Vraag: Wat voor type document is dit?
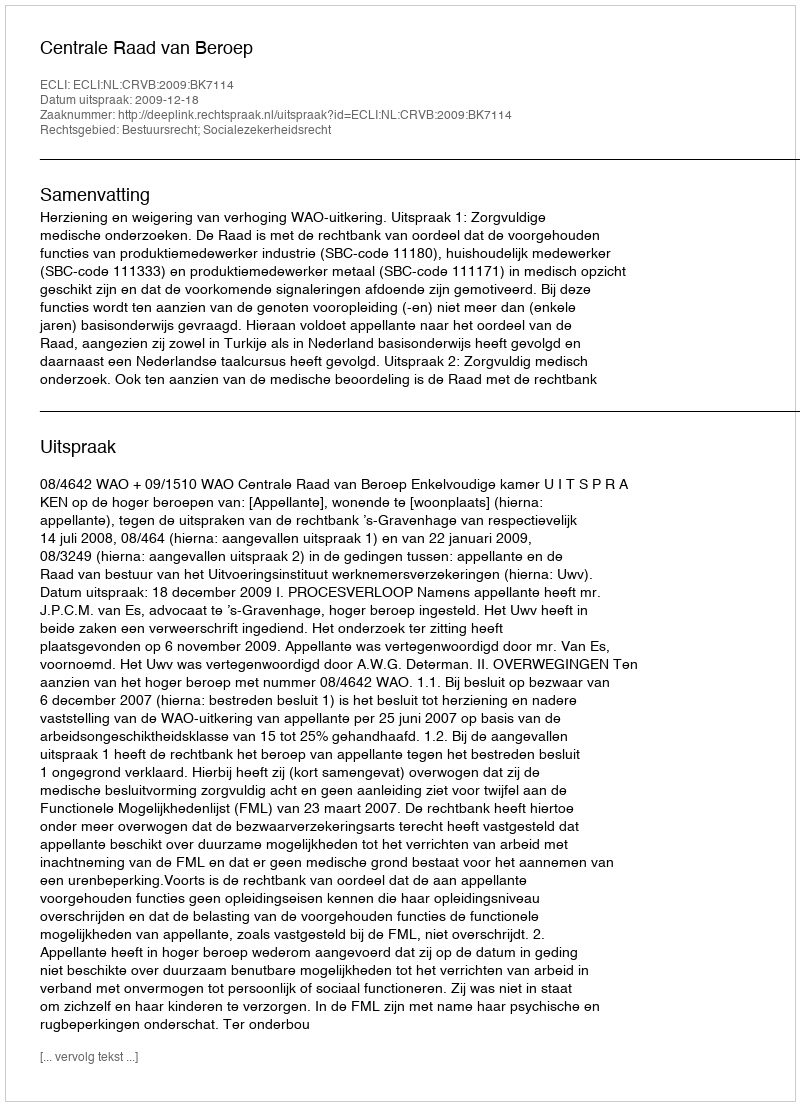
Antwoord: Uitspraak